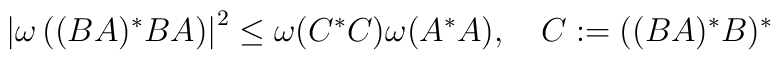
\left| \omega \left( (BA)^{*}BA\right) \right| ^{2}\leq \omega(C^{*}C)\omega (A^{*}A),\quad C:=((BA)^{*}B)^{*}